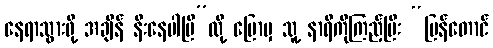
နေရာသွားဖို့ အချိန် နီးနေပါပြီ”လို့ ပြောမှ သူ့ နာရီကိုကြည့်ပြီး “ပြန်တောင်